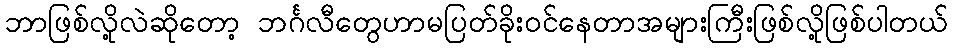
ဘာဖြစ်လို့လဲဆိုတော့ ဘင်္ဂလီတွေဟာမပြတ်ခိုးဝင်နေတာအများကြီးဖြစ်လို့ဖြစ်ပါတယ်